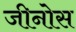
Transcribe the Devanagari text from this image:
जीनोस